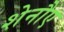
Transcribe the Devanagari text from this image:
शेनौए